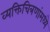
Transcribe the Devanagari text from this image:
व्यक्तिचित्रणांमध्ये